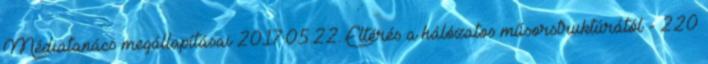
Médiatanács megállapításai 2017.05.22. Eltérés a hálózatos műsorstruktúrától - 220